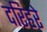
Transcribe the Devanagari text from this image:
दरिहरे